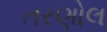
તરણોલ